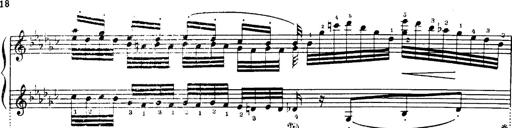
Title: Danza sacra e duetto finale dâ€™Aida
Composer: Franz Liszt